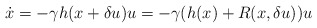
\begin{align*}\dot{x} = -\gamma h(x+\delta u) u = -\gamma (h(x)+R(x,\delta u)) u\end{align*}